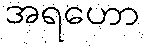
အရဟော